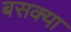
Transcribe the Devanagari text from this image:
बसक्या